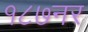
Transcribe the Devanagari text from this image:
१८७नर